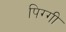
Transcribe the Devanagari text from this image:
पिग्गी